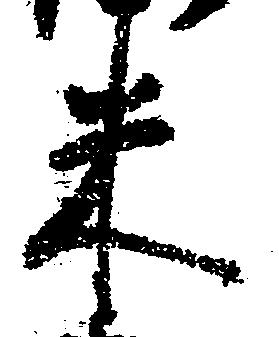
米